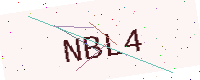
Text: NBL4